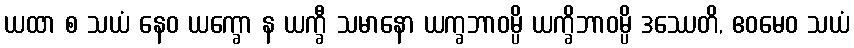
ယထာ စ သယံ နေဝ ယက္ခော န ယက္ခီ သမာနော ယက္ခဘာဝမ္ပိ ယက္ခိဘာဝမ္ပိ ဒဿေတိ, ဧဝမေဝ သယံ